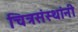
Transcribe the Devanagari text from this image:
चित्रसंस्थांनी